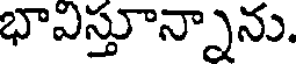
భాఎస్తూన్నాను.